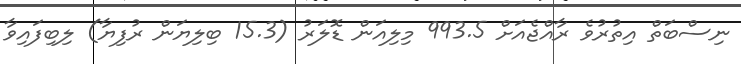
ނިސްބަތް އިތުރުވެ ރާއްޖެއަށް 993.5 މިލިއަން ޑޮލަރު (15.3 ބިލިޔަން ރުފިޔާ) ލިބިފައިވާ